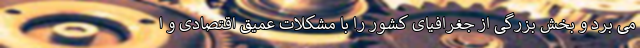
می برد و بخش بزرگی از جغرافیای کشور را با مشکلات عمیق اقتصادی و ا